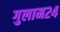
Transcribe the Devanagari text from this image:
गुलाम२४